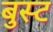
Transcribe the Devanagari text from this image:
बुस्ट